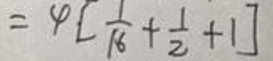
\[=\varphi\left[\frac{1}{k}+\frac{1}{2}+1\right]\]